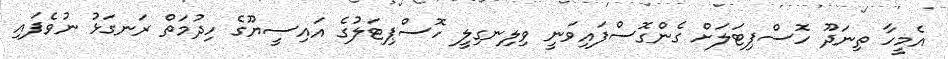
އެމީހާ ތިނަދޫ ހޮސްޕިޓަލަށް ގެންގޮސްފައިވަނީ ވިލިނގިލީ ހޮސްޕިޓަލުގެ އައިސީޔޫގެ ހިދުމަތް ރަނގަޅު ނުވެފައި